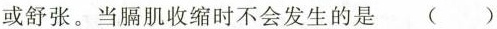
或舒张。当膈肌收缩时不会发生的是()